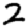
Digit: 2